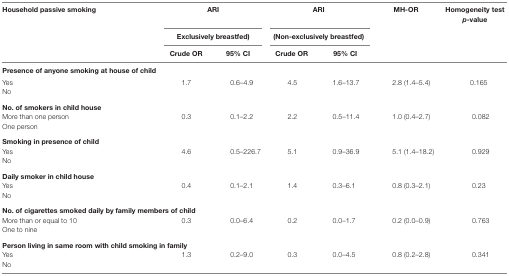
<table><thead><tr><td rowspan="3"><b>Household passive smoking</b></td><td colspan="2"><b>ARI</b></td><td colspan="2"><b>ARI</b></td><td rowspan="3"><b>MH-OR</b></td><td rowspan="3"><b>Homogeneity test <i>p</i>-value</b></td></tr><tr><td colspan="2"><b>Exclusively breastfed)</b></td><td colspan="2"><b>(Non-exclusively breastfed)</b></td></tr><tr><td><b>Crude OR</b></td><td><b>95% CI</b></td><td><b>Crude OR</b></td><td><b>95% CI</b></td></tr></thead><tbody><tr><td colspan="7"><b>Presence of anyone smoking at house of child</b></td></tr><tr><td>Yes</td><td>1.7</td><td>0.6–4.9</td><td>4.5</td><td>1.6–13.7</td><td>2.8 (1.4–5.4)</td><td>0.165</td></tr><tr><td>No</td><td></td><td></td><td></td><td></td><td></td><td></td></tr><tr><td colspan="7"><b>No. of smokers in child house</b></td></tr><tr><td>More than one person</td><td>0.3</td><td>0.1–2.2</td><td>2.2</td><td>0.5–11.4</td><td>1.0 (0.4–2.7)</td><td>0.082</td></tr><tr><td>One person</td><td></td><td></td><td></td><td></td><td></td><td></td></tr><tr><td colspan="7"><b>Smoking in presence of child</b></td></tr><tr><td>Yes</td><td>4.6</td><td>0.5–226.7</td><td>5.1</td><td>0.9–36.9</td><td>5.1 (1.4–18.2)</td><td>0.929</td></tr><tr><td>No</td><td></td><td></td><td></td><td></td><td></td><td></td></tr><tr><td colspan="7"><b>Daily smoker in child house</b></td></tr><tr><td>Yes</td><td>0.4</td><td>0.1–2.1</td><td>1.4</td><td>0.3–6.1</td><td>0.8 (0.3–2.1)</td><td>0.23</td></tr><tr><td>No</td><td></td><td></td><td></td><td></td><td></td><td></td></tr><tr><td colspan="7"><b>No. of cigarettes smoked daily by family members of child</b></td></tr><tr><td>More than or equal to 10</td><td>0.3</td><td>0.0–6.4</td><td>0.2</td><td>0.0–1.7</td><td>0.2 (0.0–0.9)</td><td>0.763</td></tr><tr><td colspan="2">One to nine</td><td></td><td></td><td></td><td></td><td></td></tr><tr><td colspan="7"><b>Person living in same room with child smoking in family</b></td></tr><tr><td>Yes</td><td>1.3</td><td>0.2–9.0</td><td>0.3</td><td>0.0–4.5</td><td>0.8 (0.2–2.8)</td><td>0.341</td></tr><tr><td>No</td><td></td><td></td><td></td><td></td><td></td><td></td></tr></tbody></table>